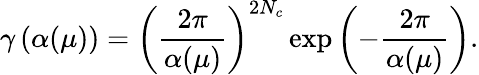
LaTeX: \gamma\left(\alpha(\mu)\right)=\left({\frac{2\pi}{\alpha(\mu)}}\right)^{2N_{c}}\exp\left(-{\frac{2\pi}{\alpha(\mu)}}\right).